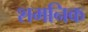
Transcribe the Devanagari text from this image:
शमनिक